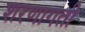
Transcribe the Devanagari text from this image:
शरणागती